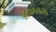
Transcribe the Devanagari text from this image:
डोकावले